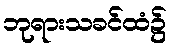
ဘုရားသခင်ထံ၌